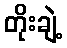
တိုးချဲ့